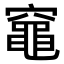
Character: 𫁘